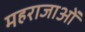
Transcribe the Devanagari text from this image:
महराजाओं